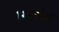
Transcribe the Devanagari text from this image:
स्त्रियांस